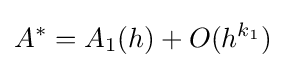
A^{*}=A_{1}(h)+O(h^{k_{1}})